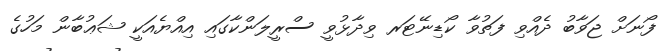
ފޯނަށް ޖަވާބު ދެއްވި ފަތުވާ ކޯޑިނޭޓަރ ވިދާޅުވީ ސްރީލަންކާގައި އިއްޔެއަކީ ޝަޢުބާން މަހުގެ